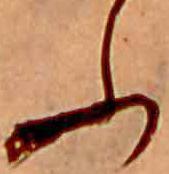
ふ